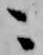
ニ